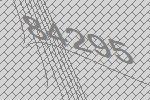
84295